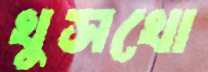
খুসখো